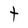
Character: t